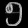
Digit: ၅